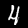
Digit: 4